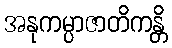
အနုကမ္ပာဇာတိကန္တိ